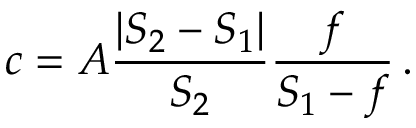
c = A { \frac { | S _ { 2 } - S _ { 1 } | } { S _ { 2 } } } { \frac { f } { S _ { 1 } - f } } \, .